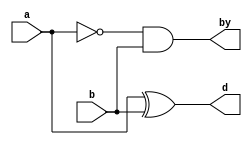
module hs(input a,b, output d,by);
assign d = a^b;
assign by = ~a&b;
endmodule